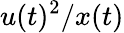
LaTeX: u(t)^{2}/x(t)